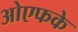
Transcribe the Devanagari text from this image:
ओएफके